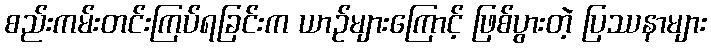
စည်းကမ်းတင်းကြပ်ရခြင်းက ယာဉ်များကြောင့် ဖြစ်ပွားတဲ့ ပြဿနာများ